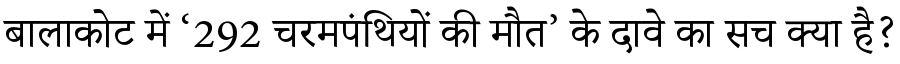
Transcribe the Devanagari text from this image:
बालाकोट में ‘292 चरमपंथियों की मौत’ के दावे का सच क्या है?